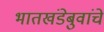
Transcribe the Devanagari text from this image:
भातखंडेबुवांचे